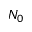
N _ { 0 }